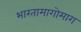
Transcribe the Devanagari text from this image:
भारतामागोमाग